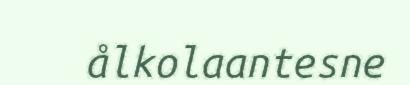
ålkolaantesne